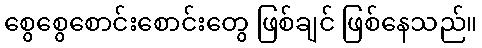
စွေစွေစောင်းစောင်းတွေ ဖြစ်ချင် ဖြစ်နေသည်။